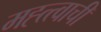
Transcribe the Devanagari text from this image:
मह्त्त्वाची